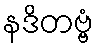
နဒိတဗ္ဗံ